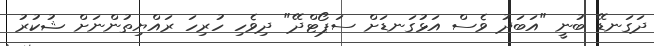
ދަގަނޑޭ ބުނީ "އަބަދު ވެސް އަޅުގަނޑަށް ސަޕޯޓްދޭ" ދިވެހި ހުރިހަ ރައްޔިތުންނަށް ޝުކުރު